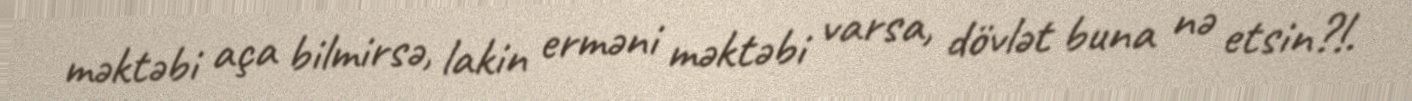
məktəbi aça bilmirsə, lakin erməni məktəbi varsa, dövlət buna nə etsin?!.